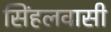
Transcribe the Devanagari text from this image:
सिंहलवासी